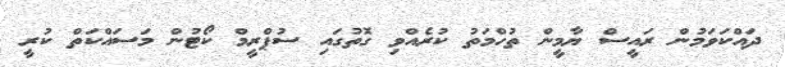
ދައްކަވަމުން ރައީސް ޔާމީން ތުހްމަތު ކުރެއްވި ގޮތުގައި ސުޕްރީމް ކޯޓުން މަސައްކަތް ކުރީ